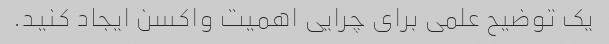
یک توضیح علمی برای چرایی اهمیت واکسن ایجاد کنید.